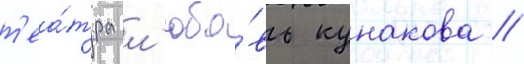
т'еа́тра л'юбо́вь кунакова //